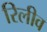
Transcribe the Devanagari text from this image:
रिलीव